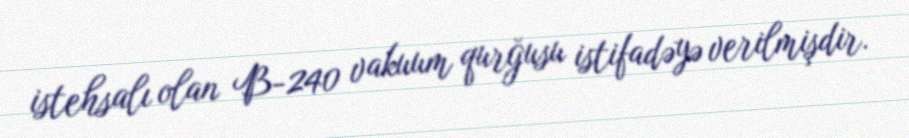
istehsalı olan B-240 vakuum qurğusu istifadəyə verilmişdir.